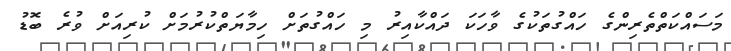
މަސައްކަތްތެރިންގެ ހައްގުތަކުގެ ވާހަކަ ދައްކާއިރު މި ހައްގުތަށް ހިމާޔަތްކުރުުމަށް ކުރިއަށް ވުރެ ބޮޑު